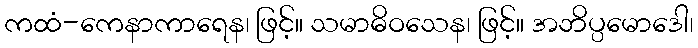
ကထံ-ကေနာကာရေန၊ ဖြင့်။ သမာဓိဝသေန၊ ဖြင့်။ အဘိပ္ပမောဒေါ၊